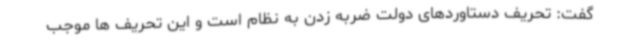
گفت: تحریف دستاوردهای دولت ضربه زدن به نظام است و این تحریف ها موجب